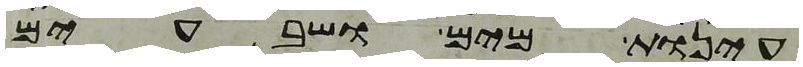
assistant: עינות מים ושבעים